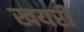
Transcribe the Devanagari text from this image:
खयरी